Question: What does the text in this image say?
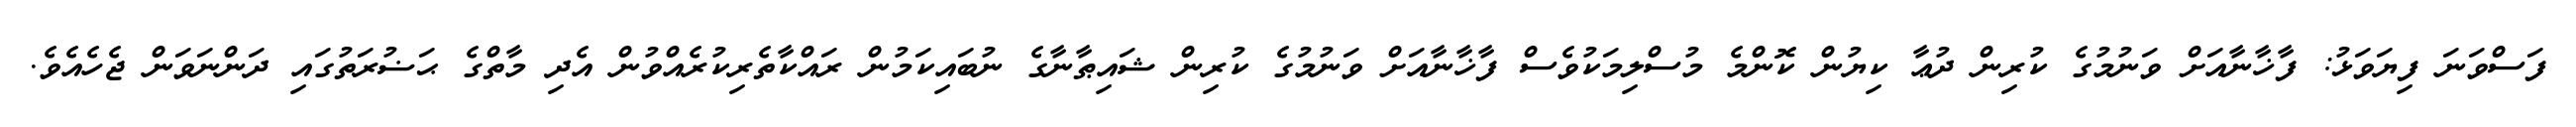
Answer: ފަސްވަނަ ފިޔަވަޅު: ފާޚާނާއަށް ވަނުމުގެ ކުރިން ދުޢާ ކިޔުން ކޮންމެ މުސްލިމަކުވެސް ފާޚާނާއަށް ވަނުމުގެ ކުރިން ޝައިޠާނާގެ ނުބައިކަމުން ރައްކާތެރިކުރެއްވުން އެދި މާތްގެ ޙަޟުރަތުގައި ދަންނަވަން ޖެހެއެވެ.